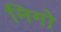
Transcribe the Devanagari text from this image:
निगो